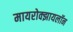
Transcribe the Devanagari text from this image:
मायरोक्झायलॉन